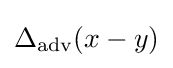
\Delta _{\mathrm {adv} }(x-y)